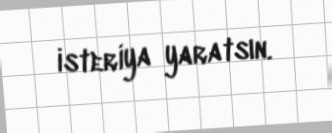
isteriya yaratsın.